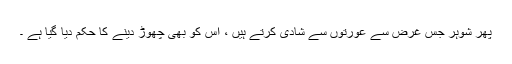
پھر شوہر جس غرض سے عورتوں سے شادی کرتے ہیں ، اس کو بھی چھوڑ دینے کا حکم دیا گیا ہے ۔